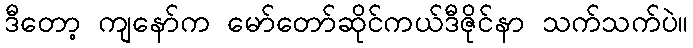
ဒီတော့ ကျနော်က မော်တော်ဆိုင်ကယ်ဒီဇိုင်နာ သက်သက်ပဲ။